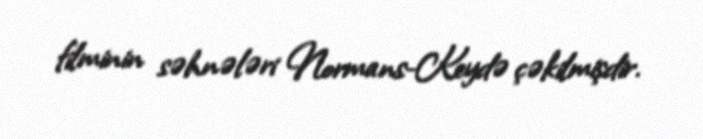
filminin səhnələri Normans-Keydə çəkilmişdir.